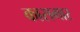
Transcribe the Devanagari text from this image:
कासगार